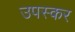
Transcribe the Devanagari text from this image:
उपस्‍कर